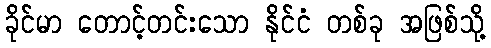
ခိုင်မာ တောင့်တင်းသော နိုင်ငံ တစ်ခု အဖြစ်သို့